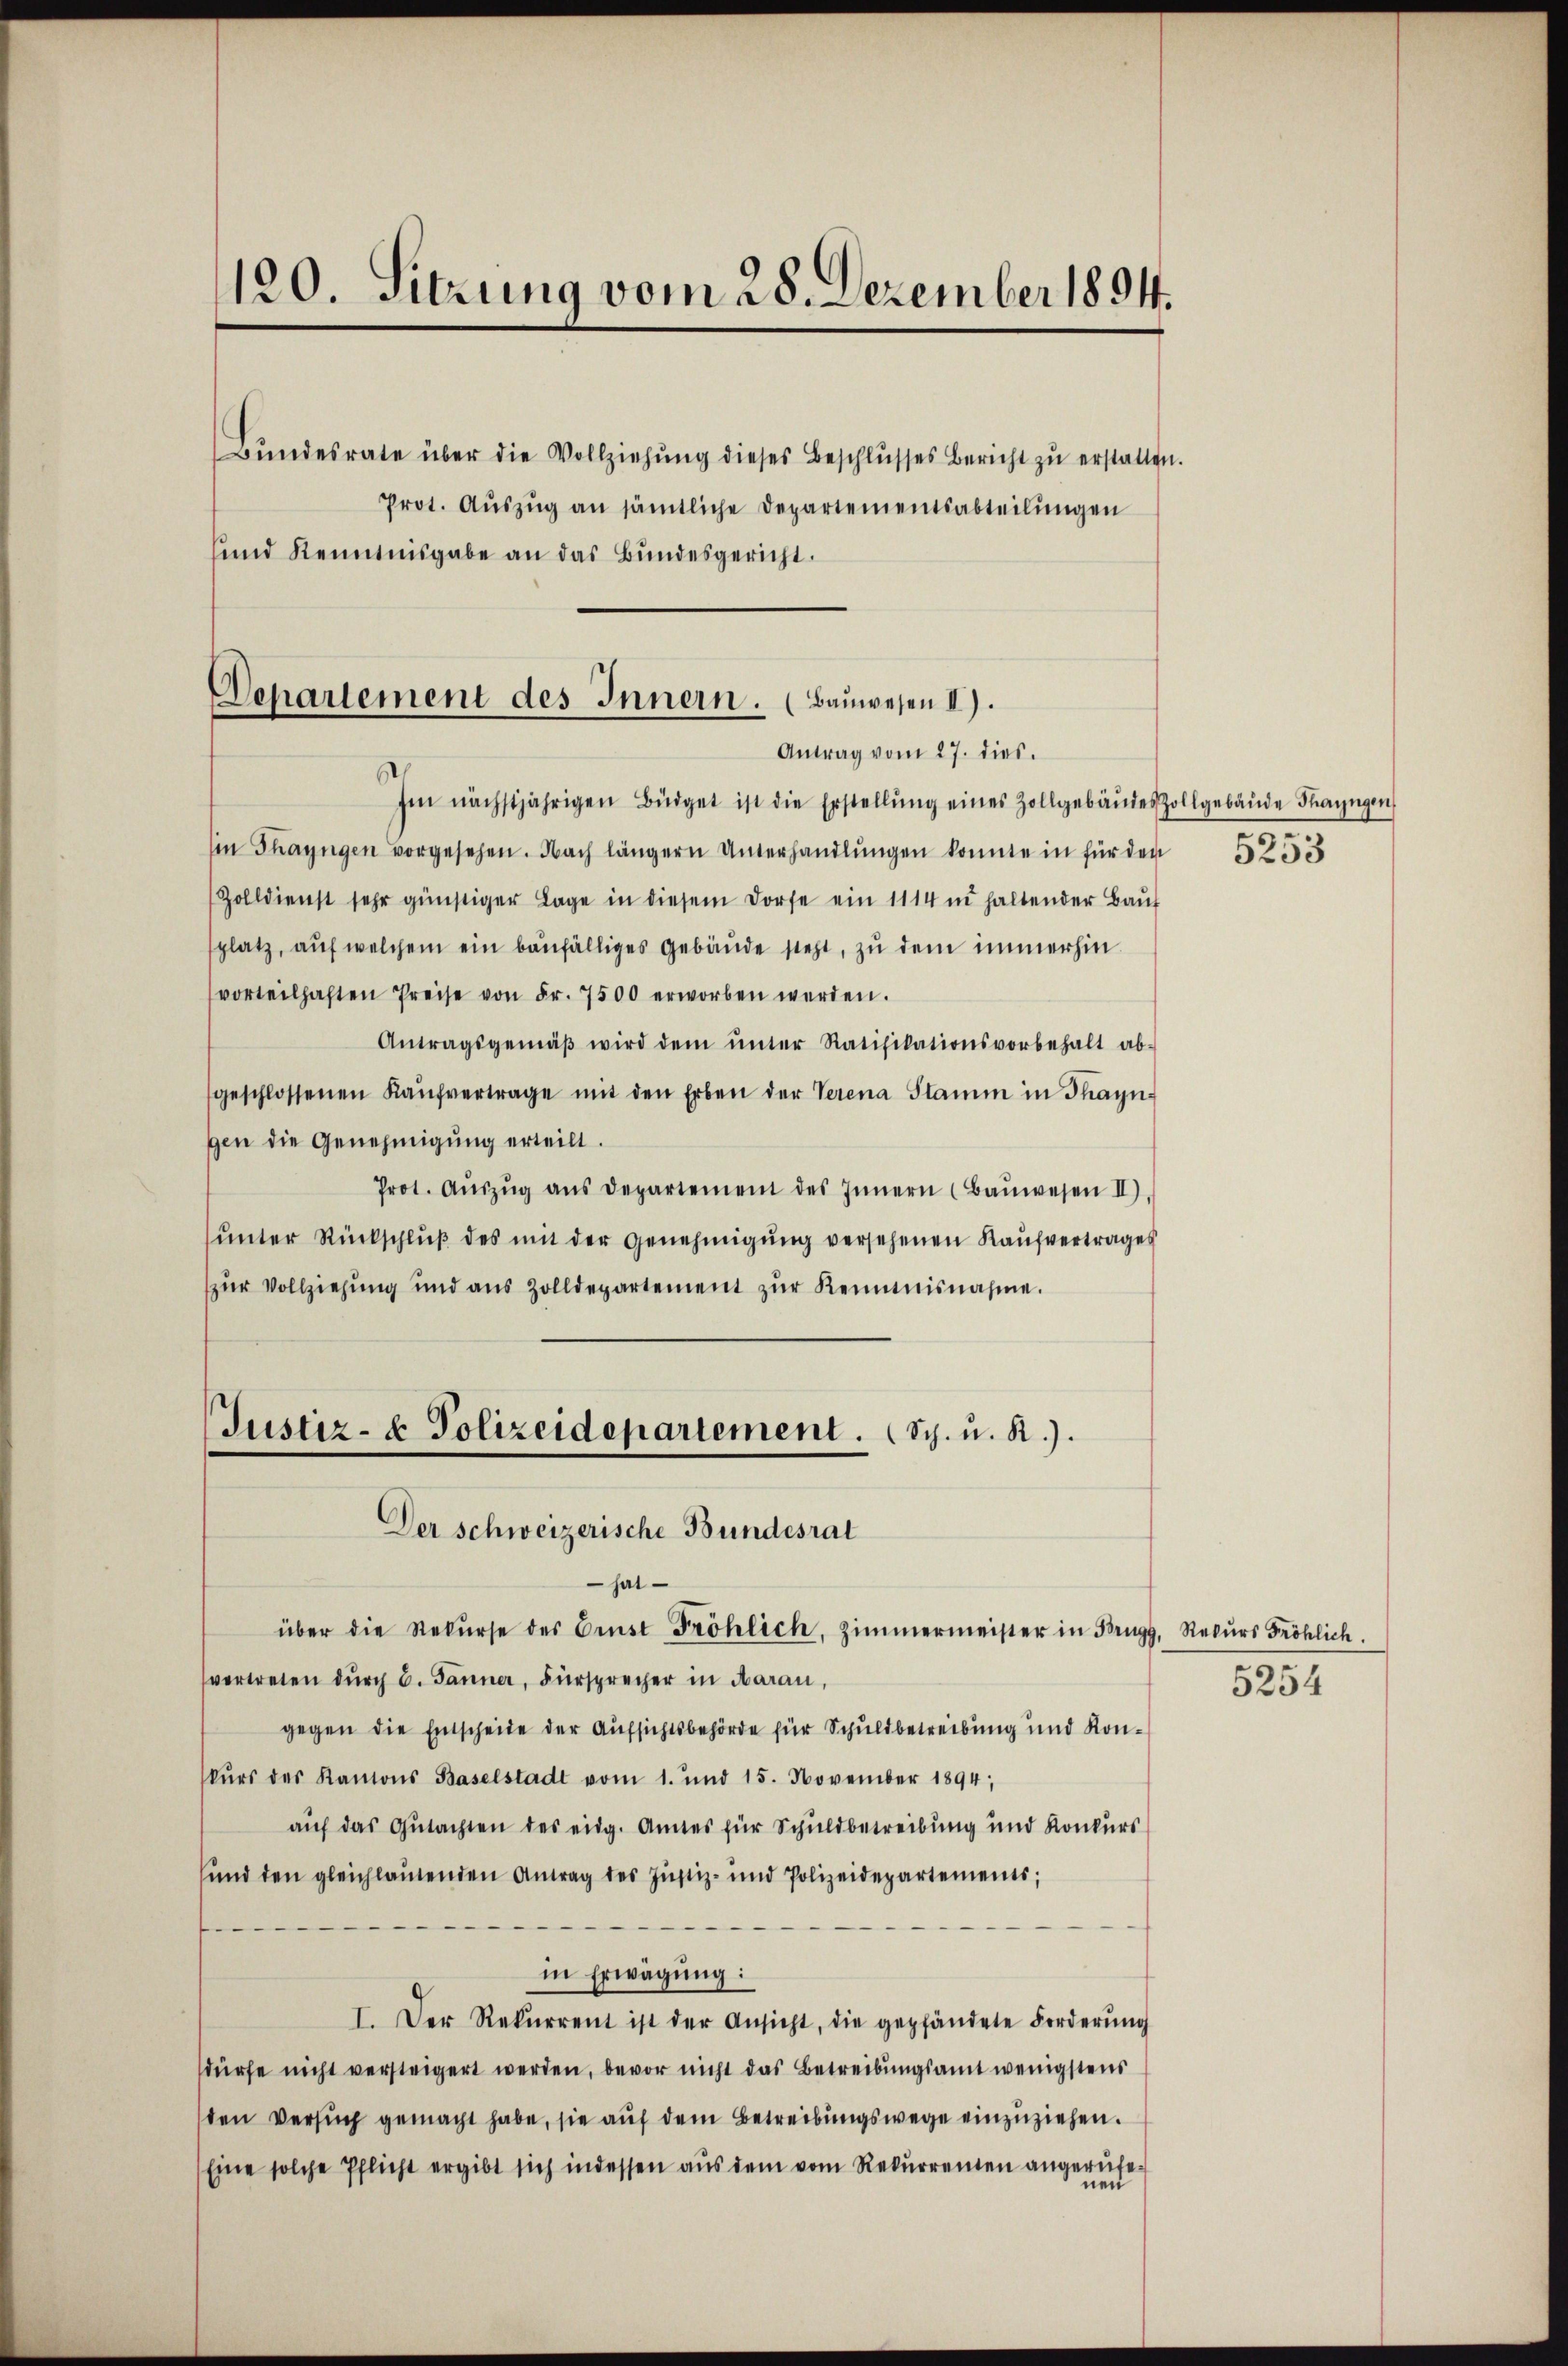
120. Sitzung vom 28. Dezember 1894.
Bŭndesrate über die Vollziehŭng dieses Beschlŭsses Bericht zŭ erstatten.
Prot. Aŭszŭg an sämtliche Departementsabteilungen
sund Kenntnisgabe an das Bundesgericht.

Departement des Innern. (Bauwesen II).
Antrag vom 27. dies

Im nächstjährigen Büdget ist die Erstellŭng eines Zollgebäŭdes Zollgebäŭde Thayngen
sen Thayngen vorgesehen. Nach längern Unterhandlŭngen konnte in für den
Zolldienst sehr günstiger Lage in diesem Dorfe ein 1114 in haltender Baŭf
platz, aŭf welchem ein baufälliges Gebäude steht, zu dem immerhin
vorteilhaften Preise von Fr. 7500 erworben werden.
Antragsgemäβ wird dem ŭnter Ratifikationsvorbehalt ab-
geschlossenen Kaŭfvertrage mit den Erben der Verena Stamm in Thayn-
gen die Genehmigung erteilt.
Prot. Aŭszŭg ans Departement des Innern (Baŭwesen II).
ŭnter Rückschlŭβ des mit der Genehmigŭng versehenen Kaŭfvertrages
zur Vollziehung und aus Zolldepartement zŭr Kenntnisnahme.
Justiz- & Polizeidepartement. (Sch. u. R.).

Der Schweizerische Bundesrat
hat
über die Rekŭrse des Ernst Fröhlich, Zimmermeister in Brugg, Rekŭrs Fröhlich.

vertreten durch B. Jänner, Fürsprecher in Aarau,
gegen die Entscheite der Aufsichtsbehörde für Schuldbetreibung und Konskŭrs des Kantons Baselstadt vom 1. und 15. November 1894;
auf das Gutachten des eidg. Amtes für Schuldbetreibung und Konkurs
und den gleichlautenden Antrag des Justiz- und Polizeidepartements;
—
in Erwägung:
I. Der Rekurrent ist der Ansicht, die gepfändete Forderŭng
sdürfe nicht versteigert werden, bevor nicht das Betreibungsamt wenigstens
ten Versuch gemacht habe, sie auf dem Betreibungswege einzuziehen.
Eine solche Pflicht ergibt sich indessen aus dem vom Rekurrenten angerufenen

5253

5254